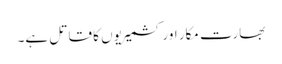
بھارت مکار اور کشمیریوں کا قاتل ہے۔